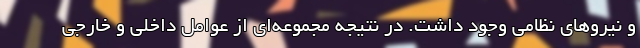
و نیروهای نظامی وجود داشت. در نتیجه مجموعه‌ای از عوامل داخلی و خارجی